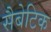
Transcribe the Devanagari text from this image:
सैबेटिक